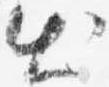
出